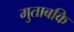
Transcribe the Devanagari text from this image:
मुताबकि